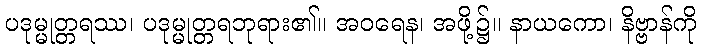
ပဒုမ္မုတ္တရဿ၊ ပဒုမ္မုတ္တရဘုရား၏။ အဝရေန၊ အဖို့၌။ နာယကော၊ နိဗ္ဗာန်ကို